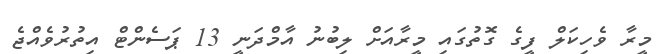
މީރާ ވެހިކަލް ފީގެ ގޮތުގައި މީރާއަށް ލިބުނު އާމްދަނީ 13 ޕަސެންޓް އިތުރުވެއްޖެ